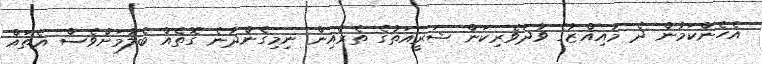
އެހެންކަމުން ދެ މުއިއްޒުގެ ވާދަވެރިކަން ޝަރީއަތުގެ ތެރެއިން ނިމިގެންދާނެ ގޮތެއް ބެލުމަށްވެސް އެތައް